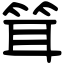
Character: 䇯